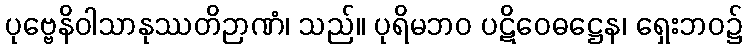
ပုဗ္ဗေနိဝါသာနုဿတိဉာဏံ၊ သည်။ ပုရိမဘဝ ပဋိဝေဓဋ္ဌေန၊ ရှေးဘဝ၌